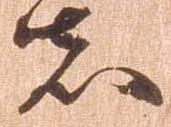
者